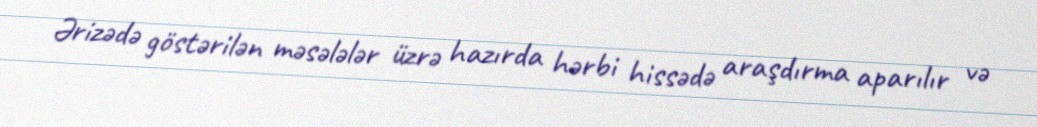
Ərizədə göstərilən məsələlər üzrə hazırda hərbi hissədə araşdırma aparılır və